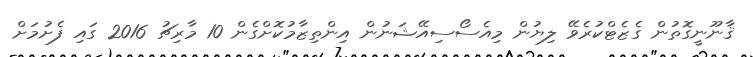
ޤާނޫނީގޮތުން ގެޒެޓްކުރެވޭ ލިޔުން މިއެސޯސިއޭޝަނުން އިންތިޒާމުކޮށްގެން 10 މާރިޗު 2016 ގައި ފެށުމަށް